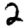
Digit: 2